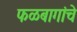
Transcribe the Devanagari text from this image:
फळबागांचे